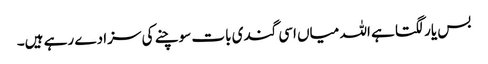
بس یار لگتا ہے اللہ میاں اسی گندی بات سوچنے کی سزا دے رہے ہیں۔